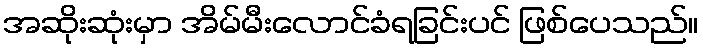
အဆိုးဆုံးမှာ အိမ်မီးလောင်ခံရခြင်းပင် ဖြစ်ပေသည်။